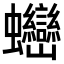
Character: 𧖖